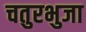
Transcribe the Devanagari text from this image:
चतुरभुजा